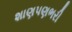
શાણપણભરી